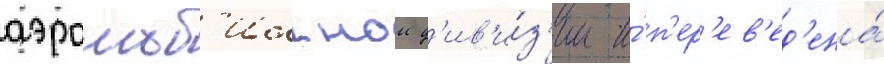
аэромоб'ильнои д'ив'и́з'ии и́ п'ер'ев'ед'ена́